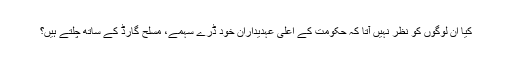
کیا ان لوگوں کو نظر نہیں آتا کہ حکومت کے اعلی عہدیداران خود ڈرے سہمے، مسلح گارڈ کے ساتھ چلتے ہیں؟